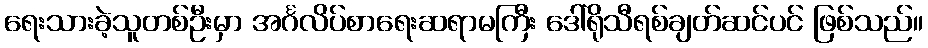
ရေးသားခဲ့သူတစ်ဦးမှာ အင်္ဂလိပ်စာရေးဆရာမကြီး ဒေါ်ရိုသီရစ်ချတ်ဆင်ပင် ဖြစ်သည်။